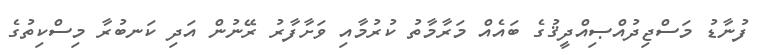
ފުނާޑު މަސްޖިދުއްޞިއްދީޤުގެ ބައެއް މަރާމާތު ކުރުމާއި ވަށާފާރު ރޭނުން އަދި ކަނބުރާ މިސްކިތުގެ